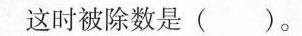
这时被除数是()。